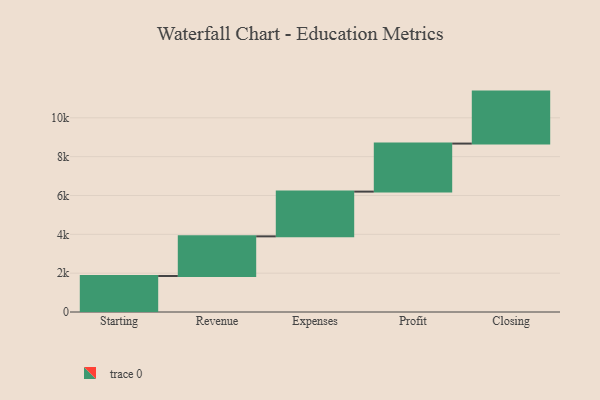
{"axis": {"x": "Step", "y": "Value"}, "legend": [""], "data": [{"x": "Starting", "y": 1854.0, "type": ""}, {"x": "Revenue", "y": 2042.0, "type": ""}, {"x": "Expenses", "y": 2304.0, "type": ""}, {"x": "Profit", "y": 2473.0, "type": ""}, {"x": "Closing", "y": 2677.0, "type": ""}]}